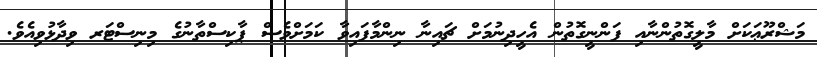
މަޝްރޫޢަކަށް މާލީގޮތުންނާއި ފަންނީގޮތުން އެހީދިނުމަށް ޗައިނާ ނިންމާފައިވާ ކަމަށްވެސް ޕާކިސްތާނުގެ މިނިސްޓަރ ވިދާޅުވިއެވެ.